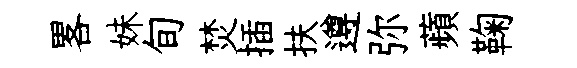
畧妹旬焚插扶遵弥蘋鞠